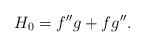
LaTeX: \begin{align*}H_{0}=f^{\prime \prime }g+fg^{\prime \prime }. \end{align*}